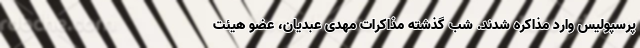
پرسپولیس وارد مذاکره شدند. شب گذشته مذاکرات مهدی عبدیان، عضو هیئت